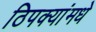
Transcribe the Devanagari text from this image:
ठिपक्यांमधे